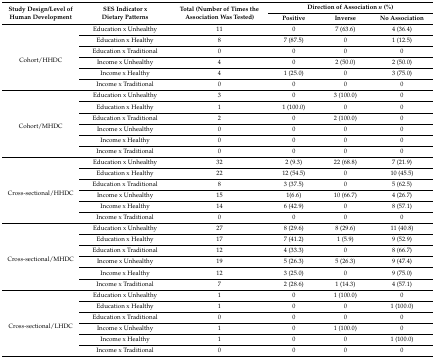
<table><thead><tr><td rowspan="2"><b>Study Design/Level of Human Development</b></td><td rowspan="2"><b>SES Indicator x Dietary Patterns</b></td><td rowspan="2"><b>Total (Number of Times the Association Was Tested)</b></td><td colspan="3"><b>Direction of Association <i>n</i> (%)</b></td></tr><tr><td><b>Positive</b></td><td><b>Inverse</b></td><td><b>No Association</b></td></tr></thead><tbody><tr><td rowspan="6">Cohort/HHDC</td><td>Education x Unhealthy</td><td>11</td><td>0</td><td>7 (63.6)</td><td>4 (36.4)</td></tr><tr><td>Education x Healthy</td><td>8</td><td>7 (87.5)</td><td>0</td><td>1 (12.5)</td></tr><tr><td>Education x Traditional</td><td>0</td><td>0</td><td>0</td><td>0</td></tr><tr><td>Income x Unhealthy</td><td>4</td><td>0</td><td>2 (50.0)</td><td>2 (50.0)</td></tr><tr><td>Income x Healthy</td><td>4</td><td>1 (25.0)</td><td>0</td><td>3 (75.0)</td></tr><tr><td>Income x Traditional</td><td>0</td><td>0</td><td>0</td><td>0</td></tr><tr><td rowspan="6">Cohort/MHDC</td><td>Education x Unhealthy</td><td>3</td><td>0</td><td>3 (100.0)</td><td>0</td></tr><tr><td>Education x Healthy</td><td>1</td><td>1 (100.0)</td><td>0</td><td>0</td></tr><tr><td>Education x Traditional</td><td>2</td><td>0</td><td>2 (100.0)</td><td>0</td></tr><tr><td>Income x Unhealthy</td><td>0</td><td>0</td><td>0</td><td>0</td></tr><tr><td>Income x Healthy</td><td>0</td><td>0</td><td>0</td><td>0</td></tr><tr><td>Income x Traditional</td><td>0</td><td>0</td><td>0</td><td>0</td></tr><tr><td rowspan="6">Cross-sectional/HHDC</td><td>Education x Unhealthy</td><td>32</td><td>2 (9.3)</td><td>22 (68.8)</td><td>7 (21.9)</td></tr><tr><td>Education x Healthy</td><td>22</td><td>12 (54.5)</td><td>0</td><td>10 (45.5)</td></tr><tr><td>Education x Traditional</td><td>8</td><td>3 (37.5)</td><td>0</td><td>5 (62.5)</td></tr><tr><td>Income x Unhealthy</td><td>15</td><td>1(6.6)</td><td>10 (66.7)</td><td>4 (26.7)</td></tr><tr><td>Income x Healthy</td><td>14</td><td>6 (42.9)</td><td>0</td><td>8 (57.1)</td></tr><tr><td>Income x Traditional</td><td>0</td><td>0</td><td>0</td><td>0</td></tr><tr><td rowspan="6">Cross-sectional/MHDC</td><td>Education x Unhealthy</td><td>27</td><td>8 (29.6)</td><td>8 (29.6)</td><td>11 (40.8)</td></tr><tr><td>Education x Healthy</td><td>17</td><td>7 (41.2)</td><td>1 (5.9)</td><td>9 (52.9)</td></tr><tr><td>Education x Traditional</td><td>12</td><td>4 (33.3)</td><td>0</td><td>8 (66.7)</td></tr><tr><td>Income x Unhealthy</td><td>19</td><td>5 (26.3)</td><td>5 (26.3)</td><td>9 (47.4)</td></tr><tr><td>Income x Healthy</td><td>12</td><td>3 (25.0)</td><td>0</td><td>9 (75.0)</td></tr><tr><td>Income x Traditional</td><td>7</td><td>2 (28.6)</td><td>1 (14.3)</td><td>4 (57.1)</td></tr><tr><td rowspan="6">Cross-sectional/LHDC</td><td>Education x Unhealthy</td><td>1</td><td>0</td><td>1 (100.0)</td><td>0</td></tr><tr><td>Education x Healthy</td><td>1</td><td>0</td><td>0</td><td>1 (100.0)</td></tr><tr><td>Education x Traditional</td><td>0</td><td>0</td><td>0</td><td>0</td></tr><tr><td>Income x Unhealthy</td><td>1</td><td>0</td><td>1 (100.0)</td><td>0</td></tr><tr><td>Income x Healthy</td><td>1</td><td>0</td><td>0</td><td>1 (100.0)</td></tr><tr><td>Income x Traditional</td><td>0</td><td>0</td><td>0</td><td>0</td></tr></tbody></table>